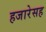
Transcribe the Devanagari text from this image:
हजारेसह